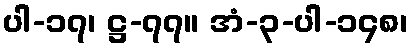
ပါ-၁၇၊ ဋ္ဌ-၇၇။ အံ-၃-ပါ-၁၄၈၊